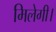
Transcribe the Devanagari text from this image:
मिलेगी।